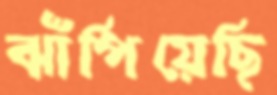
ঝাঁপিয়েছি